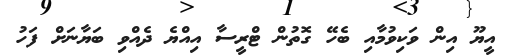
އީޔޫ އިން ވަކިވުމާއި ބެހޭ ގޮތުން ޓްރީސާ އިއްޔެ ދެއްވި ބަޔާނަށް ފަހު